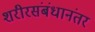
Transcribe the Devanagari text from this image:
शरीरसंबंधानंतर